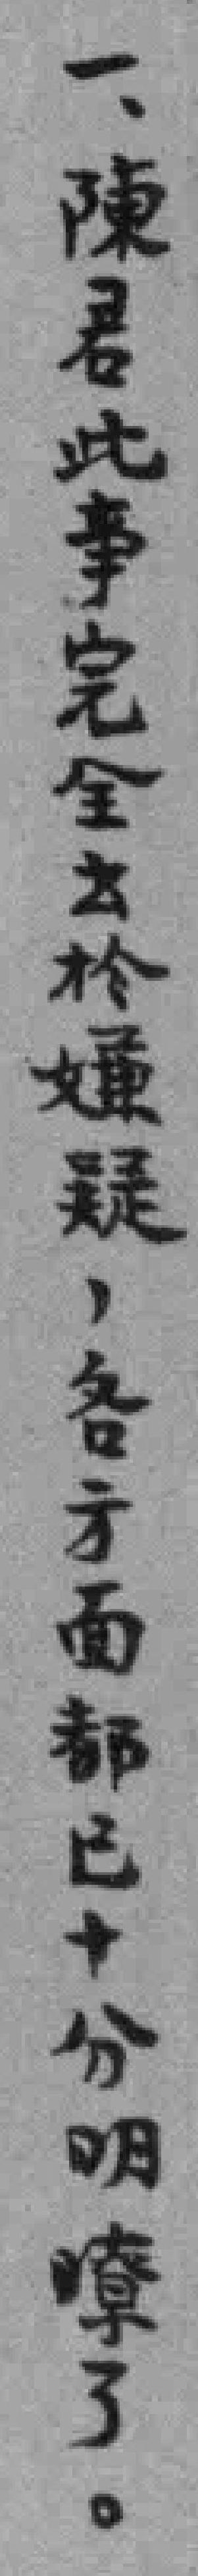
一、陳君此事完全出於通疑，各方面都已十分明瞭了。